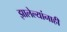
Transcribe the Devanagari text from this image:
झालेल्यांनाही